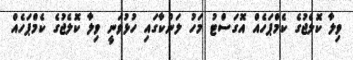
ވިލާ ކޮލެޖުގެ ކެމްޕަހެއް އޮގަސްޓު މަހު ލަންކާގައި ހުޅުވަނީ ވިލާ ކޮލެޖުގެ ކެމްޕަހެއް